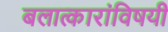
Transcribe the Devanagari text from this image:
बलात्कारांविषयी